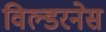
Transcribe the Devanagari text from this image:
विल्डरनेस